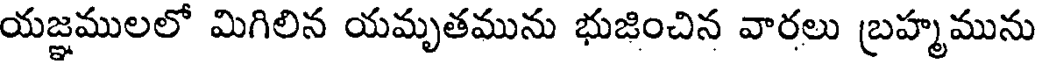
యజ్ఞములలో మిగిలిన యమృతమును భుజించిన వారలు బ్రహ్మమును